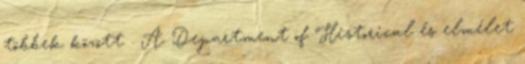
többek között . A Department of Historical és elmélet